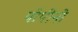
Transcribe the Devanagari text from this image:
पोपीनो